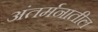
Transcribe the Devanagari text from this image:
अंतर्मनातील